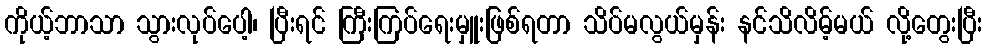
ကိုယ့်ဘာသာ သွားလုပ်ပေါ့၊ ပြီးရင် ကြီးကြပ်ရေးမှူးဖြစ်ရတာ သိပ်မလွယ်မှန်း နင်သိလိမ့်မယ် လို့တွေးပြီး